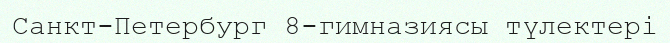
Санкт-Петербург 8-гимназиясы түлектері